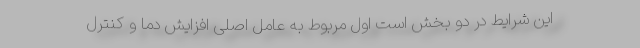
این شرایط در دو بخش است اول مربوط به عامل اصلی افزایش دما و کنترل